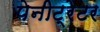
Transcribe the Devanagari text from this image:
पेनीट्रेटर